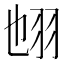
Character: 𦐁